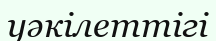
уәкілеттігі